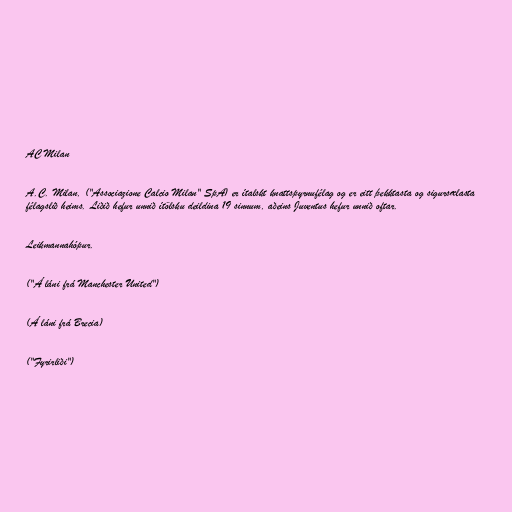
AC Milan

A.C. Milan, ("Associazione Calcio Milan" SpA) er ítalskt knattspyrnufélag og er eitt þekktasta og sigursælasta
félagslið heims. Liðið hefur unnið ítölsku deildina 19 sinnum, aðeins Juventus hefur unnið oftar.

Leikmannahópur.

("Á láni frá Manchester United")

(Á láni frá Brecia)

("Fyrirliði")